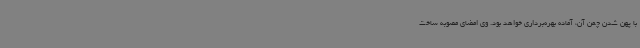
با پهن شدن چمن آن، آماده بهره‌برداری خواهد بود. وی امضای مصوبه ساخت